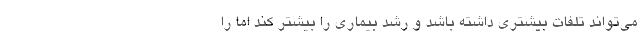
می‌تواند تلفات بیشتری داشته باشد و رشد بیماری را بیشتر کند اما را